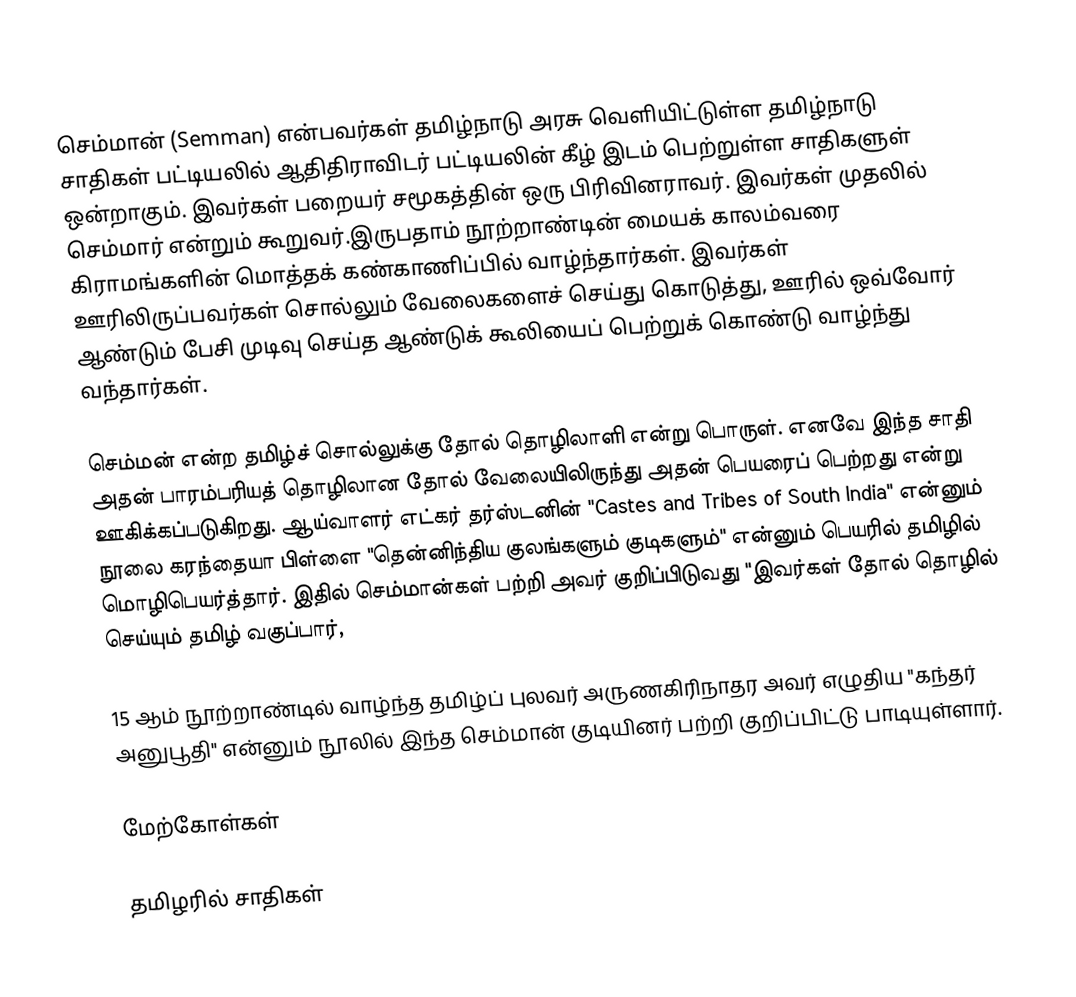
செம்மான் (Semman) என்பவர்கள் தமிழ்நாடு அரசு வெளியிட்டுள்ள தமிழ்நாடு சாதிகள் பட்டியலில் ஆதிதிராவிடர் பட்டியலின் கீழ் இடம் பெற்றுள்ள சாதிகளுள் ஒன்றாகும். இவர்கள் பறையர் சமூகத்தின் ஒரு பிரிவினராவர். இவர்கள் முதலில் செம்மார் என்றும் கூறுவர்.இருபதாம் நூற்றாண்டின் மையக் காலம்வரை கிராமங்களின் மொத்தக் கண்காணிப்பில் வாழ்ந்தார்கள். இவர்கள் ஊரிலிருப்பவர்கள் சொல்லும் வேலைகளைச் செய்து கொடுத்து, ஊரில் ஒவ்வோர் ஆண்டும் பேசி முடிவு செய்த ஆண்டுக் கூலியைப் பெற்றுக் கொண்டு வாழ்ந்து வந்தார்கள்.

செம்மன் என்ற தமிழ்ச் சொல்லுக்கு தோல் தொழிலாளி என்று பொருள். எனவே இந்த சாதி அதன் பாரம்பரியத் தொழிலான தோல் வேலையிலிருந்து அதன் பெயரைப் பெற்றது என்று ஊகிக்கப்படுகிறது. ஆய்வாளர் எட்கர் தர்ஸ்டனின் "Castes and Tribes of South India" என்னும் நூலை கரந்தையா பிள்ளை "தென்னிந்திய குலங்களும் குடிகளும்" என்னும் பெயரில் தமிழில் மொழிபெயர்த்தார். இதில் செம்மான்கள் பற்றி அவர் குறிப்பிடுவது "இவர்கள் தோல் தொழில் செய்யும் தமிழ் வகுப்பார்,

15 ஆம் நூற்றாண்டில் வாழ்ந்த தமிழ்ப் புலவர் அருணகிரிநாதர அவர் எழுதிய "கந்தர் அனுபூதி" என்னும் நூலில் இந்த செம்மான் குடியினர் பற்றி குறிப்பிட்டு பாடியுள்ளார்.

மேற்கோள்கள்

தமிழரில் சாதிகள்